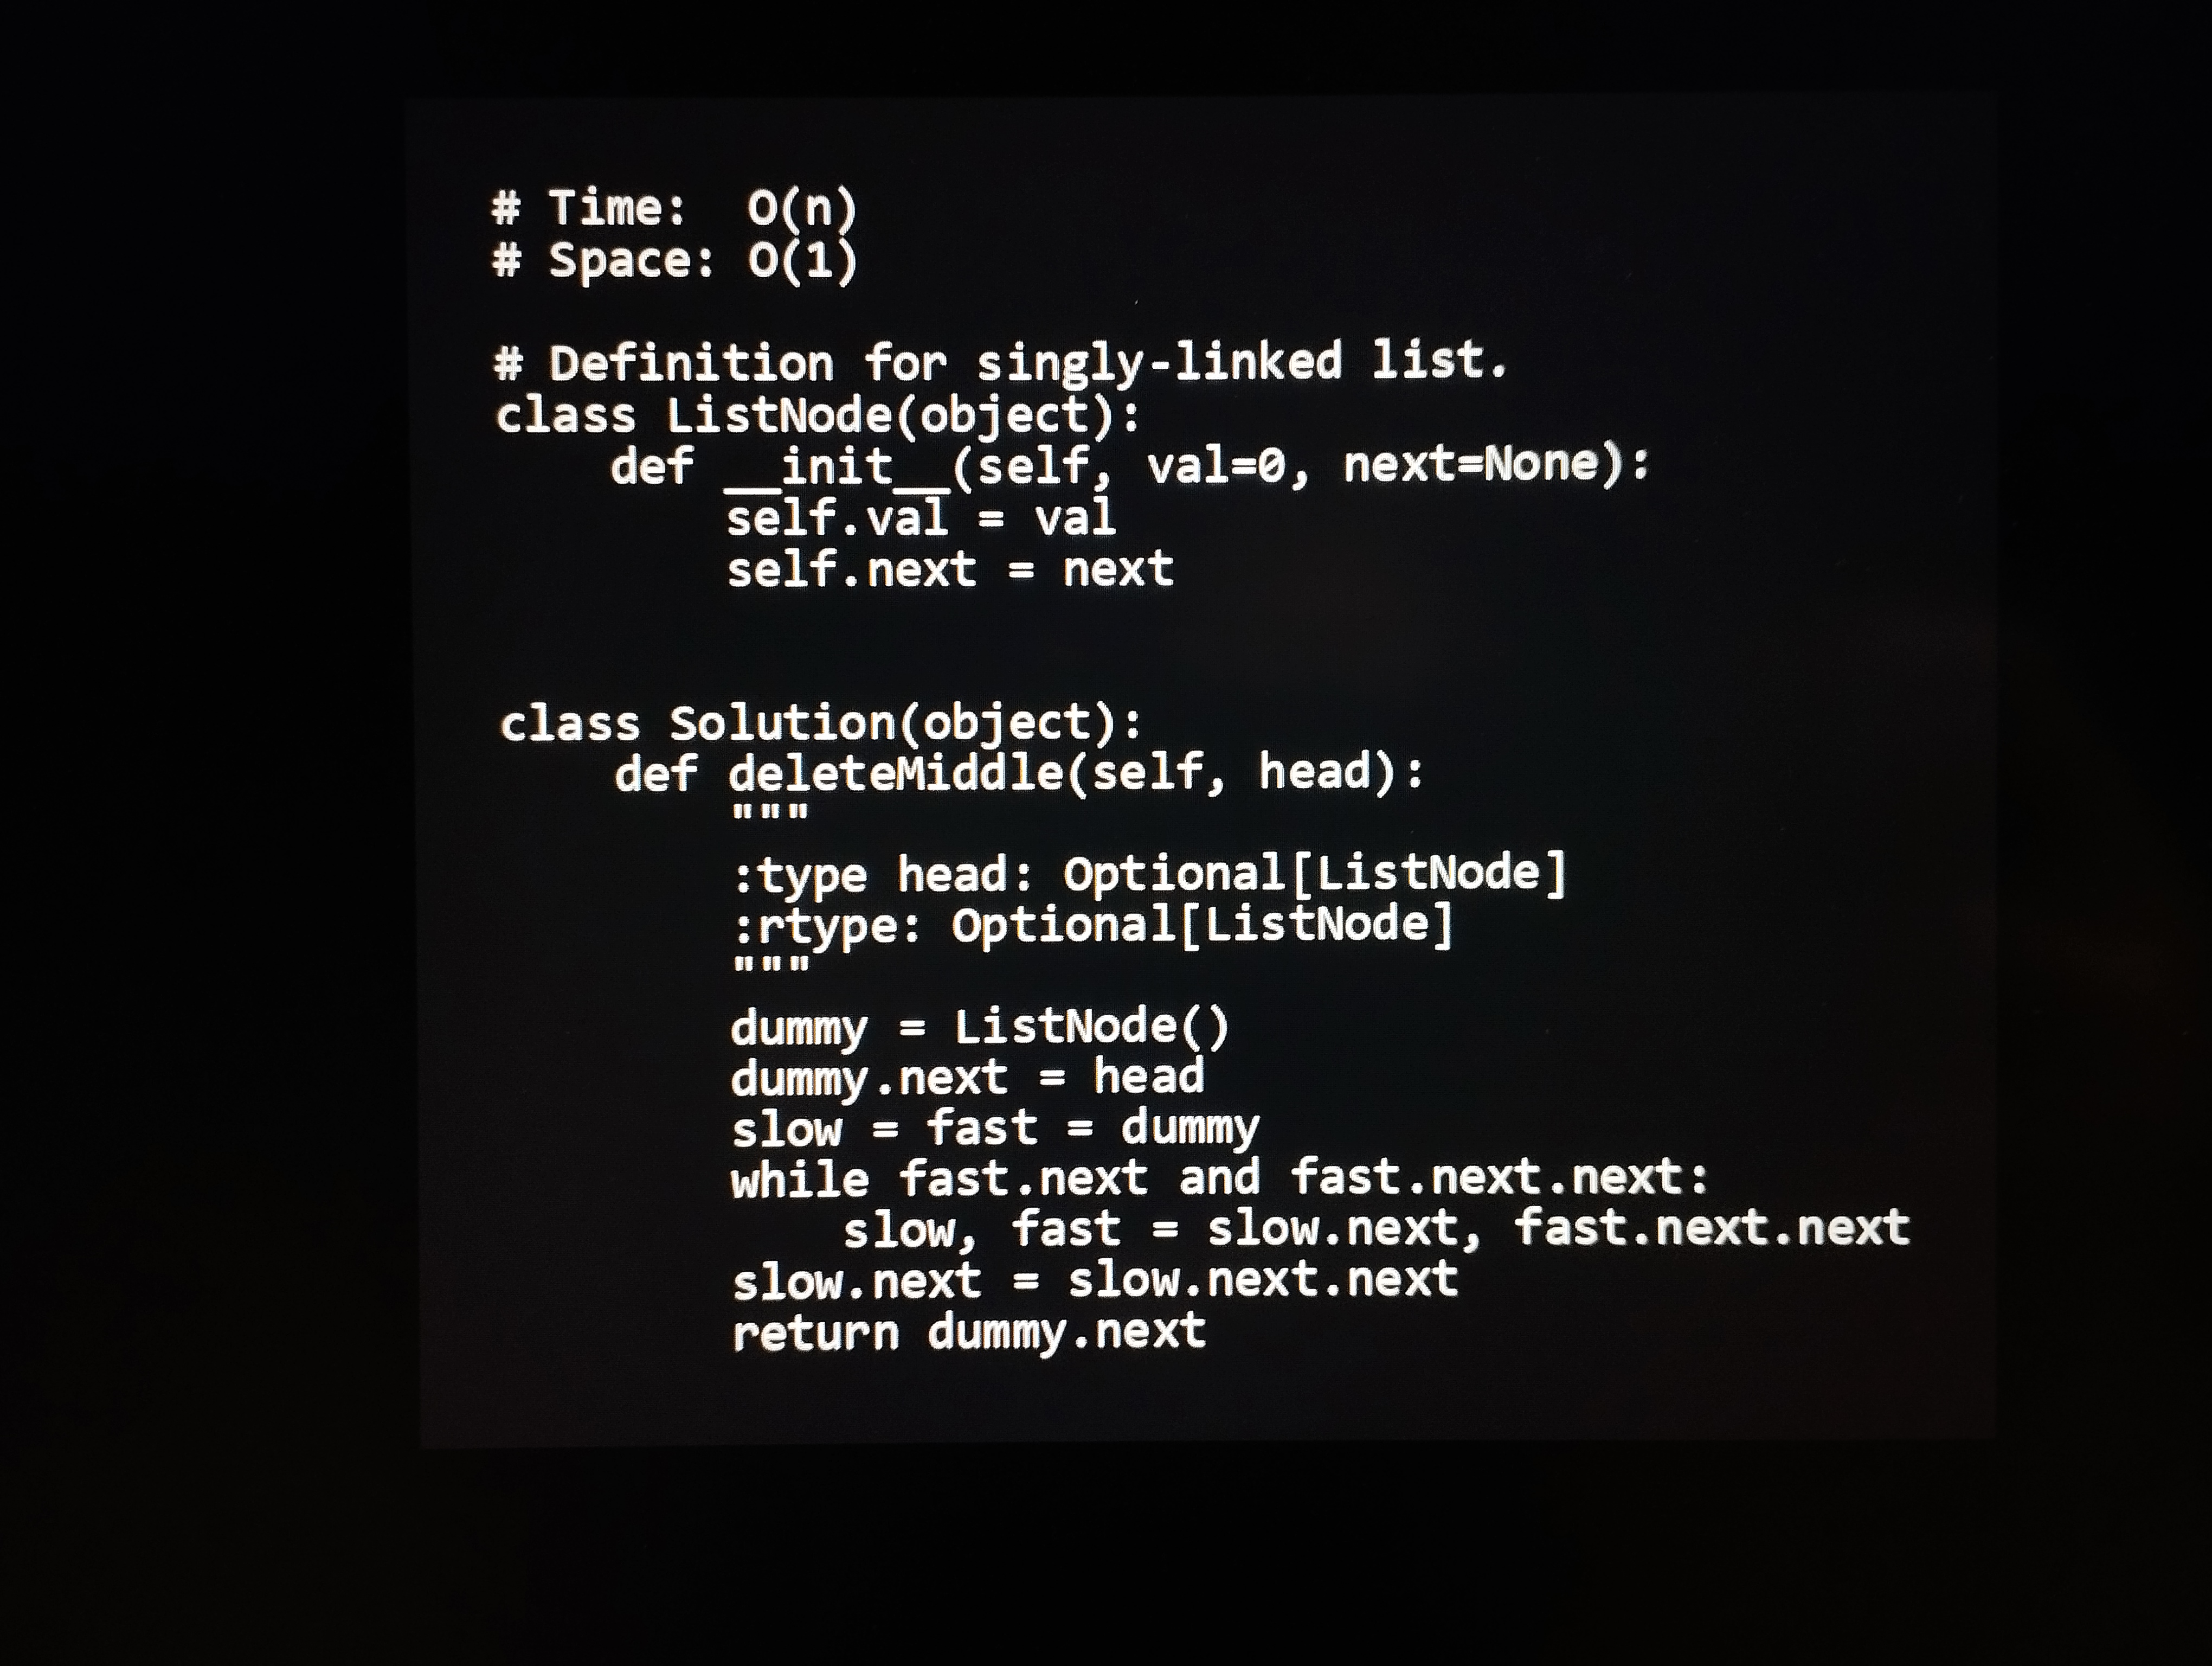
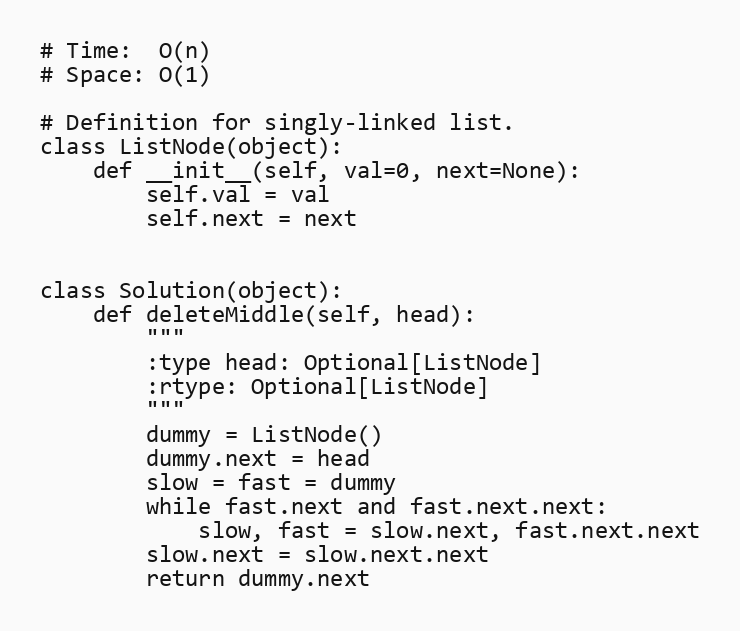
# Time:  O(n)
# Space: O(1)

# Definition for singly-linked list.
class ListNode(object):
    def __init__(self, val=0, next=None):
        self.val = val
        self.next = next

class Solution(object):
    def deleteMiddle(self, head):
        """
        :type head: Optional[ListNode]
        :rtype: Optional[ListNode]
        """
        dummy = ListNode()
        dummy.next = head
        slow = fast = dummy
        while fast.next and fast.next.next:
            slow, fast = slow.next, fast.next.next
        slow.next = slow.next.next
        return dummy.next